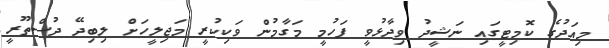
މިއަދުގެ ކޮމިޓީގައި ނަޝީދު ވިދާޅުވީ ފަހުމީ މަގާމުން ވަކިކުރީ މަޖިލީހަށް ލިބިދޭ ދުސްތޫރީ